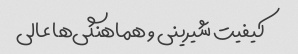
کیفیت شیرینی و هماهنگی‌ها عالی